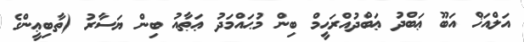
އަލްއަޚް އަބޫ ޢަބްދު ޢަބްދުއްރަޙީމް ބިން މުޙައްމަދު ޢަޠާއު ބިން ޔަސާރު (ތާބިޢީންގެ